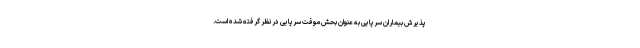
پذیرش بیماران سرپایی به عنوان بحش موقت سرپایی در نظر گرفته شده است.